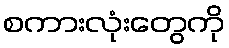
စကားလုံးတွေကို